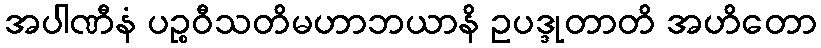
အပါဏီနံ ပဉ္စဝီသတိမဟာဘယာနိ ဥပဒ္ဒုတာတိ အဟိတော